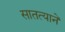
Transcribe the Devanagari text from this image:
सातत्यानें